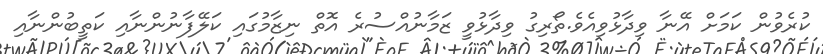
ކުރެވުން ކަމަށް އޭނާ ވިދާޅުވިއެވެ.ތޯރިގު ވިދާޅުވީ ޒަމާނުއްސުރެ އޮތް ނިޒާމުގައި ކަލޭފާނުންނާއި ކަތީބުންނާއި